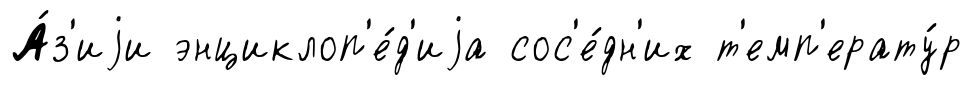
А́з'иjи энциклоп'е́д'иjа сос'е́дн'их т'емп'ерату́р